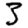
Digit: 3